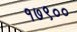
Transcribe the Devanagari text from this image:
१७९००